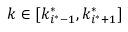
k \in [ k _ { i ^ { * } - 1 } ^ { * } , k _ { i ^ { * } + 1 } ^ { * } ]